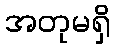
အတုမရှိ